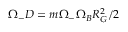
\Omega _ { - } D = m \Omega _ { - } \Omega _ { B } R _ { G } ^ { 2 } / 2